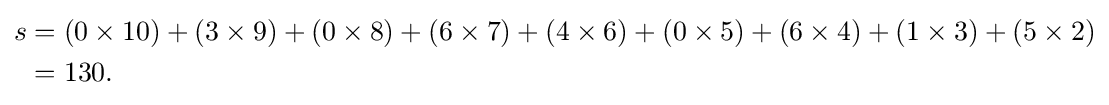
{\begin{aligned}s&=(0\times 10)+(3\times 9)+(0\times 8)+(6\times 7)+(4\times 6)+(0\times 5)+(6\times 4)+(1\times 3)+(5\times 2)\\&=130.\end{aligned}}